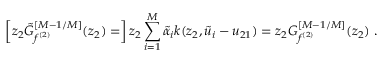
\left[ z _ { 2 } { \tilde { \cal G } } _ { f ^ { ( 2 ) } } ^ { [ M - 1 / M ] } ( z _ { 2 } ) = \right] z _ { 2 } \sum _ { i = 1 } ^ { M } { \tilde { \alpha } } _ { i } k ( z _ { 2 } , { \tilde { u } } _ { i } - u _ { 2 1 } ) = z _ { 2 } G _ { f ^ { ( 2 ) } } ^ { [ M - 1 / M ] } ( z _ { 2 } ) \ .